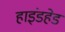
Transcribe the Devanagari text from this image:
हाइंडहेड